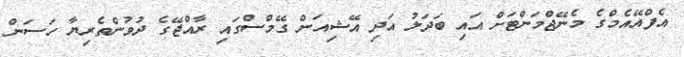
އެފްއޭއެމްގެ މެނޭޖްމަންޓަށް އައި ބަދަލު އަދި އޭޝިއަން ގޭމްސްގައި ރާއްޖޭގެ ދުވުންތެރިޔާ ހަސަން